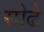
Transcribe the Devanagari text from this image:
सोढे